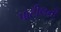
પાટીલની